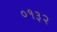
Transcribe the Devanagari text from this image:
०१३२